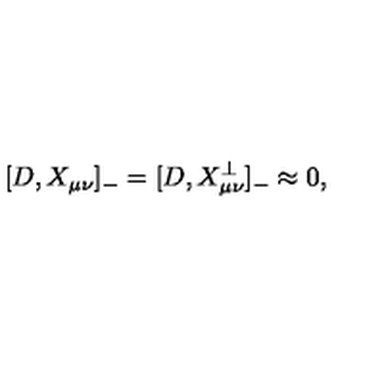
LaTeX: [ D , X _ { \mu \nu } ] _ { - } = [ D , X _ { \mu \nu } ^ { \bot } ] _ { - } \approx 0 ,